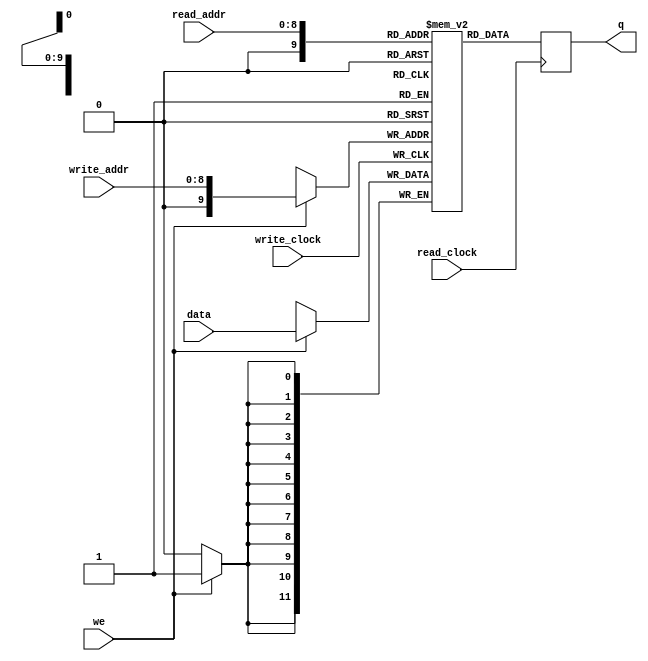
// From Altera's Dual Port RAM Example
// JRG170, VXS182
module ram_dual
(
	input [11:0] data,							// 12-bit peak value
	input [8:0] read_addr, write_addr, 		// only need 9 bits to index the row (512)
	input we, read_clock, write_clock,	
	output reg [11:0] q
);

	// Declare the RAM variable
	reg [11:0] ram[512:0];
	
	always @ (posedge write_clock)
	begin
		// Write
		if (we)
			ram[write_addr] <= data;
	end
	
	always @ (posedge read_clock)
	begin
		// Read 
		q <= ram[read_addr];
	end
endmodule